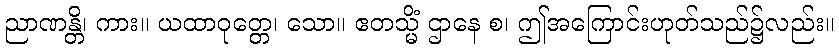
ညာဏန္တိ၊ ကား။ ယထာဝုတ္တေ၊ သော။ ဧတသ္မိံ ဌာနေ စ၊ ဤအကြောင်းဟုတ်သည်၌လည်း။